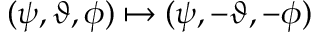
( \psi , \vartheta , \phi ) \mapsto ( \psi , - \vartheta , - \phi )